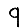
Digit: 9